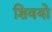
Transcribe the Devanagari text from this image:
शिवयो